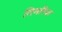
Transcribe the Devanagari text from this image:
तिमरिया